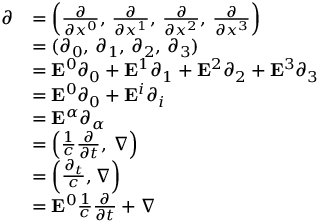
{ \begin{array} { r l } { { \boldsymbol { \partial } } } & { = \left( { \frac { \partial } { \partial x ^ { 0 } } } , \, { \frac { \partial } { \partial x ^ { 1 } } } , \, { \frac { \partial } { \partial x ^ { 2 } } } , \, { \frac { \partial } { \partial x ^ { 3 } } } \right) } \\ & { = ( \partial _ { 0 } , \, \partial _ { 1 } , \, \partial _ { 2 } , \, \partial _ { 3 } ) } \\ & { = \mathbf { E } ^ { 0 } \partial _ { 0 } + \mathbf { E } ^ { 1 } \partial _ { 1 } + \mathbf { E } ^ { 2 } \partial _ { 2 } + \mathbf { E } ^ { 3 } \partial _ { 3 } } \\ & { = \mathbf { E } ^ { 0 } \partial _ { 0 } + \mathbf { E } ^ { i } \partial _ { i } } \\ & { = \mathbf { E } ^ { \alpha } \partial _ { \alpha } } \\ & { = \left( { \frac { 1 } { c } } { \frac { \partial } { \partial t } } , \, \nabla \right) } \\ & { = \left( { \frac { \partial _ { t } } { c } } , \nabla \right) } \\ & { = \mathbf { E } ^ { 0 } { \frac { 1 } { c } } { \frac { \partial } { \partial t } } + \nabla } \end{array} }